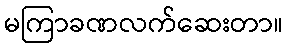
မကြာခဏလက်ဆေးတာ။